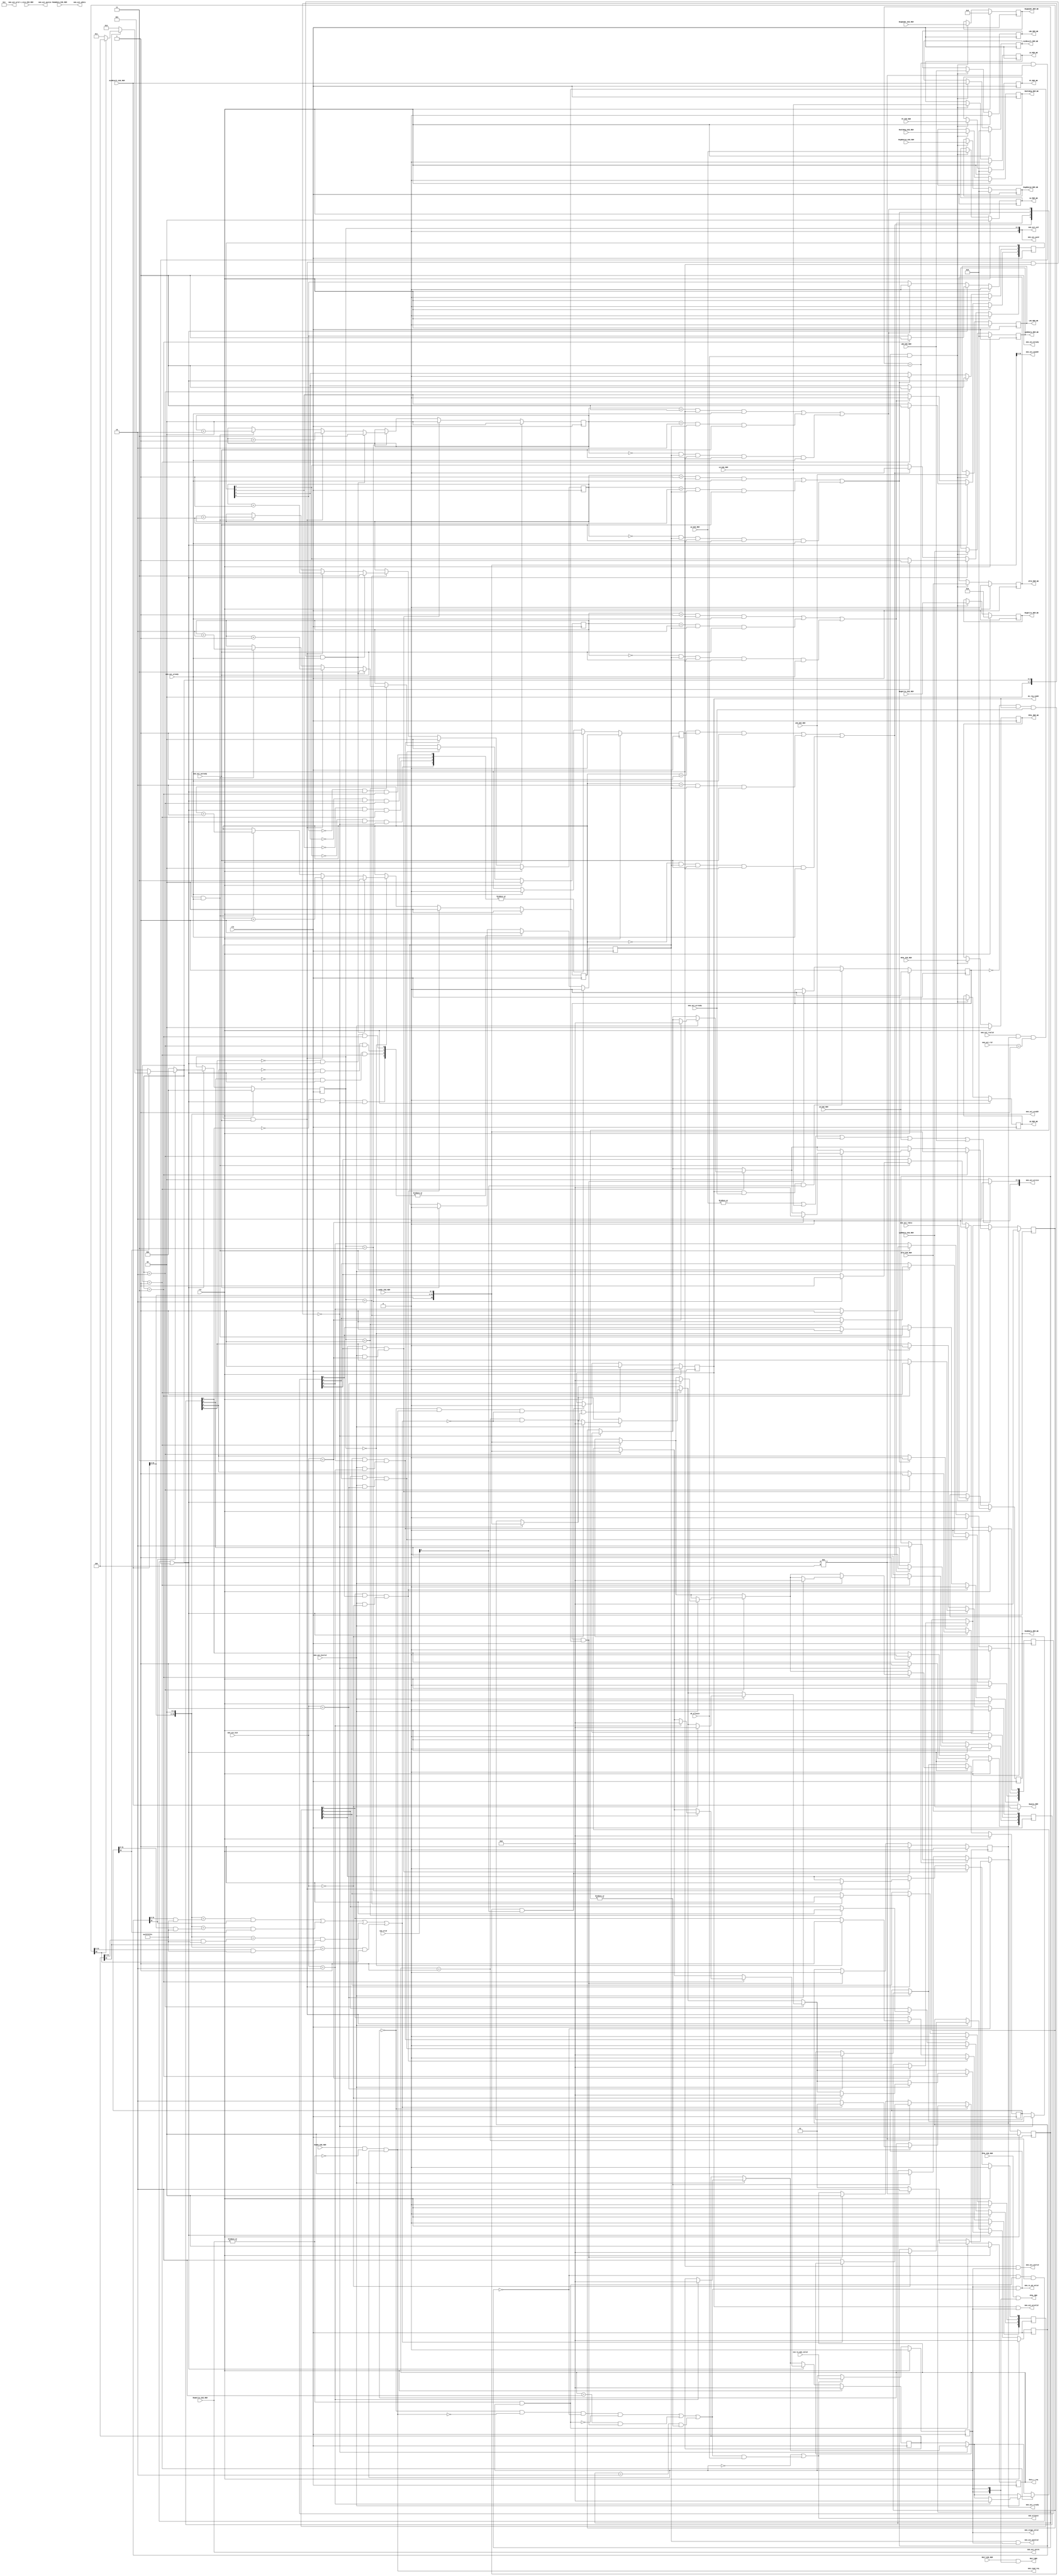
/*----------------------------------------------------------------*
// Description   :  5 pipelined CPU memory stage
// Created Time  :  2017-10-11 21:04:12
// Modified Time :  2017-11-17 17:35:21
//----------------------------------------------------------------*/

`timescale 10ns / 1ns
module memory_stage(
    input  wire                       clk,
    input  wire                       rst,
    // control signals transfering from EXE stage
    input  wire             MemEn_EXE_MEM,
    input  wire          MemToReg_EXE_MEM,
    input  wire  [ 3:0]  MemWrite_EXE_MEM,
    input  wire  [ 3:0]  RegWrite_EXE_MEM,
    input  wire  [ 1:0]      MFHL_EXE_MEM,
    input  wire                LB_EXE_MEM, 
    input  wire               LBU_EXE_MEM, 
    input  wire                LH_EXE_MEM, 
    input  wire               LHU_EXE_MEM, 
    input  wire  [ 1:0]        LW_EXE_MEM, 
    // data passing from EXE stage
    input  wire  [ 4:0]  RegWaddr_EXE_MEM,
    input  wire  [31:0] ALUResult_EXE_MEM,
    input  wire  [31:0]  MemWdata_EXE_MEM,
    input  wire  [31:0] RegRdata2_EXE_MEM, 
    input  wire  [31:0]        PC_EXE_MEM,
    input  wire  [ 1:0]   s_vaddr_EXE_MEM,
    input  wire  [ 2:0]    s_size_EXE_MEM,

    input        [ 1:0]      MULT_EXE_MEM,
    input        [ 1:0]      MTHL_EXE_MEM,
    output       [ 1:0]          MULT_MEM,
    output       [ 1:0]          MTHL_MEM,
    


/*    // interaction with the data_sram
    output wire  [31:0]      MemWdata_MEM,
    output wire                 MemEn_MEM,
    output wire  [ 3:0]      MemWrite_MEM,
    output wire  [31:0]    data_sram_addr,
*/

    // output control signals to WB stage
    output reg            MemToReg_MEM_WB,
    output reg   [ 3:0]   RegWrite_MEM_WB,
    output reg   [ 1:0]       MFHL_MEM_WB,
    output reg                  LB_MEM_WB,
    output reg                 LBU_MEM_WB,
    output reg                  LH_MEM_WB,
    output reg                 LHU_MEM_WB,
    output reg   [ 1:0]         LW_MEM_WB,

    // output data to WB stage
    output reg   [ 4:0]   RegWaddr_MEM_WB,
    output reg   [31:0]  ALUResult_MEM_WB,
    output reg   [31:0]  RegRdata2_MEM_WB,
    output reg   [31:0]         PC_MEM_WB,
    output reg   [31:0]   MemRdata_MEM_WB,

    output wire  [31:0]        Bypass_MEM,  //Bypass
    
    input  wire  [31:0] cp0Rdata_EXE_MEM,
    input  wire             mfc0_EXE_MEM,
    output reg   [31:0]  cp0Rdata_MEM_WB,
    output reg               mfc0_MEM_WB,

    input                      wb_allowin,
    input                exe_to_mem_valid,
    output                    mem_allowin,
    output                mem_to_wb_valid,

    output reg   [ 1:0]        data_r_req,
    output reg               do_req_raddr,

    input        [31:0]     mem_axi_rdata,
    input                   mem_axi_rvalid,
    input        [ 3:0]     mem_axi_rid,
    output                  mem_axi_rready,

    output       [ 3:0]     mem_axi_arid,
    output       [31:0]     mem_axi_araddr,
    output       [ 2:0]     mem_axi_arsize,
    input                   mem_axi_arready,
    output                  mem_axi_arvalid,

    output       [ 3:0]     mem_axi_awid,
    output       [31:0]     mem_axi_awaddr,
    output       [ 2:0]     mem_axi_awsize,
    output                  mem_axi_awvalid,
    input                   mem_axi_awready,

    output       [ 3:0]     mem_axi_wid,
    output       [31:0]     mem_axi_wdata,
    output       [ 3:0]     mem_axi_wstrb,
    output                  mem_axi_wvalid,
    input                   mem_axi_wready,

    output                  mem_axi_bready,
    input        [ 3:0]     mem_axi_bid,
    input                   mem_axi_bvalid,

    input        [ 3:0]     cpu_arid,

    output                  mem_read_req,

    output      mem_stage_valid
);
    
    wire mem_ready_go;
    reg mem_valid;
    
    wire read_req;
    wire write_req;
    
    wire arvalid;
    wire arready;

    wire [3:0] rid;    
    reg  rready;
    wire rvalid;   
     
    reg  awvalid;
    wire awready;
    

    reg  wvalid;
    wire wready;

    
    wire bvalid;
    wire bready;
    wire [3:0] bid;
    
    reg [1:0] data_w_req;
    
    reg [0:3] do_req_waddr;
    reg [0:3] do_req_wdata;
    wire [0:3] do_req_waddr_pos;  
    wire [0:3] do_req_wdata_pos;      
    
    reg r_addr_rcv;

    reg [0:3] w_addr_rcv;
    reg [0:3] w_data_rcv;
    

    reg [1:0] data_in_ready [0:3];
    
    wire r_data_back;
    wire [0:3] w_data_back;

    reg [32:0] do_waddr_r [0:3];
    reg [ 3:0] do_dsize_r [0:3];

    wire [4:0] write_id_n;
    wire pot_hazard;
    
    wire data_w_req_pos;               
    wire data_r_req_pos;

    wire r_addr_rcv_pos;    
    wire [0:3] data_in_ready_pos;               
    
    reg [2:0] do_write_id;

    wire arid;
    assign arid =  cpu_arid;
    
    
    assign mem_ready_go    =  (data_r_req==2'd0&&!read_req&&data_w_req==2'd0&&!write_req) || //No memw or memr
                              (data_r_req==2'd2&&r_data_back) ||                             //memrdata returns
                              (data_w_req==2'd2&&(|data_in_ready_pos));                      //memwrite, addr and data all in
    assign mem_allowin     = !mem_valid || mem_ready_go && wb_allowin;
    assign mem_to_wb_valid = mem_valid && mem_ready_go;
    
    always @ (posedge clk) begin
        if (rst) begin
            mem_valid <= 1'b0;
        end
        else if (mem_allowin) begin
            mem_valid <= exe_to_mem_valid;
        end
    end
    
    assign mem_stage_valid = mem_valid;
    
//Select awid, wid
    assign write_id_n = do_waddr_r[0][32]==1'b0 ? 4'd0 :
                        do_waddr_r[1][32]==1'b0 ? 4'd1 :
                        do_waddr_r[2][32]==1'b0 ? 4'd2 :
                        do_waddr_r[3][32]==1'b0 ? 4'd3 : 4'd4;

    always @ (posedge clk) begin
        if (rst) begin
            do_write_id <= 3'd0;
        end
        else
        if (data_w_req_pos) begin
            do_write_id <= write_id_n;
        end
    end

//Potential hazard between previous store and current write;
    assign pot_hazard = mem_axi_araddr==(do_waddr_r[0][31:0]&32'hfffffffc) && do_waddr_r[0][32] ||
                        mem_axi_araddr==(do_waddr_r[1][31:0]&32'hfffffffc) && do_waddr_r[1][32] ||
                        mem_axi_araddr==(do_waddr_r[2][31:0]&32'hfffffffc) && do_waddr_r[2][32] ||
                        mem_axi_araddr==(do_waddr_r[3][31:0]&32'hfffffffc) && do_waddr_r[3][32] ;


    // interaction of signals and data with data_sram

    assign Bypass_MEM      =      mfc0_EXE_MEM ? 
                              cp0Rdata_EXE_MEM : ALUResult_EXE_MEM;

    assign mem_axi_wid     = do_write_id;
    assign mem_axi_wstrb   = MemWrite_EXE_MEM;
    assign mem_axi_wdata   = MemWdata_EXE_MEM;
    assign mem_axi_wvalid  = wvalid && mem_valid;
    assign wready = mem_axi_wready;

    assign mem_axi_awid    = do_write_id;
    assign mem_axi_awvalid = awvalid && mem_valid;
    assign mem_axi_awaddr  = {ALUResult_EXE_MEM[31:2],s_vaddr_EXE_MEM};
    assign mem_axi_awsize  =  s_size_EXE_MEM;/*SW,SB,SH,SWL,SWR*/
    assign awready = mem_axi_awready;
    

    assign mem_axi_arid    = 4'd1;
    assign mem_axi_araddr  = {ALUResult_EXE_MEM[31:2],2'b00};
    assign mem_axi_arsize  = (|LW_EXE_MEM)|
                               LH_EXE_MEM | LHU_EXE_MEM |
                               LB_EXE_MEM | LBU_EXE_MEM ? 3'b010 : 3'b00; /*LW,LB,LH*/
    assign mem_axi_arvalid = arvalid && mem_valid;
    assign arready = mem_axi_arready;
    assign arvalid = do_req_raddr;



    assign rvalid = mem_axi_rvalid;
    assign rid    = mem_axi_rid;

    assign mem_axi_rready = rready;


    assign bid = mem_axi_bid;
    assign bvalid = mem_axi_bvalid;
    


    
    assign mem_axi_bready = bready;


    always @ (posedge clk) begin
        if (rst) begin
            { 
                 PC_MEM_WB,  RegWaddr_MEM_WB, MemToReg_MEM_WB, RegWrite_MEM_WB, 
          ALUResult_MEM_WB, RegRdata2_MEM_WB, cp0Rdata_MEM_WB,     MFHL_MEM_WB, 
                 LB_MEM_WB,       LBU_MEM_WB,       LH_MEM_WB,      LHU_MEM_WB,
                 LW_MEM_WB,      mfc0_MEM_WB, MemRdata_MEM_WB
            } <= 'd0;
        end
        else if (mem_to_wb_valid && wb_allowin) begin
            PC_MEM_WB        <=        PC_EXE_MEM;
            RegWaddr_MEM_WB  <=  RegWaddr_EXE_MEM;
            MemToReg_MEM_WB  <=  MemToReg_EXE_MEM;
            RegWrite_MEM_WB  <=  RegWrite_EXE_MEM;
            ALUResult_MEM_WB <= ALUResult_EXE_MEM;
            RegRdata2_MEM_WB <= RegRdata2_EXE_MEM;
            cp0Rdata_MEM_WB  <=  cp0Rdata_EXE_MEM;
            MFHL_MEM_WB      <=      MFHL_EXE_MEM;
            LB_MEM_WB        <=        LB_EXE_MEM;
            LBU_MEM_WB       <=       LBU_EXE_MEM;
            LH_MEM_WB        <=        LH_EXE_MEM;
            LHU_MEM_WB       <=       LHU_EXE_MEM;
            LW_MEM_WB        <=        LW_EXE_MEM;
            mfc0_MEM_WB      <=      mfc0_EXE_MEM;
            MemRdata_MEM_WB  <=     mem_axi_rdata;
        end
    end

    assign MULT_MEM = MULT_EXE_MEM & {2{mem_valid}};
    assign MTHL_MEM = MTHL_EXE_MEM & {2{mem_valid}};

    assign mem_read_req = read_req;

    assign write_req = |MemWrite_EXE_MEM && mem_valid;
    assign read_req  =  MemEn_EXE_MEM && ~(|MemWrite_EXE_MEM) && mem_valid;
    always @(posedge clk) 
    begin
        //
        data_w_req  <=  rst ? 2'd0 :
                        data_w_req==2'd0 ? 
                            (write_req ? 
                                (write_id_n!=4'd4 ? 2'd2 : 2'd1) 
                            : data_w_req)
                        :   (data_w_req==2'd1   ? 
                            (write_id_n!=4'd4   ? 2'd2 : data_w_req)
                        :   (|data_in_ready_pos ? 2'd0 : data_w_req));
      
        //
        data_r_req  <=  rst ? 2'd0 :
                        data_r_req==2'd0 ? 
                            read_req ? 
                                !pot_hazard ? 2'd2 : 2'd1
                            : data_r_req
                        :data_r_req==2'd1 ?
                            !pot_hazard ? 2'd2 : data_r_req
                        :r_data_back ? 2'd0 : data_r_req;
    end

    always @ (posedge clk) begin
        
    end

    always @ (posedge clk) begin
        if (rst) begin
            do_waddr_r[0] <= 33'd0;
            do_waddr_r[1] <= 33'd0;
            do_waddr_r[2] <= 33'd0;
            do_waddr_r[3] <= 33'd0;

            do_dsize_r[0] <= 3'd0;
            do_dsize_r[1] <= 3'd0;
            do_dsize_r[2] <= 3'd0;
            do_dsize_r[3] <= 3'd0;
        end
        else
        if (data_w_req_pos) begin
            if (write_id_n==4'd0) begin
                if (bvalid&&bready) begin
                    if (bid==4'd1) do_waddr_r[1] <= 33'd0;
                    if (bid==4'd2) do_waddr_r[2] <= 33'd0;
                    if (bid==4'd3) do_waddr_r[3] <= 33'd0;
                end   
                do_waddr_r[0] <= {1'b1,mem_axi_awaddr};
                do_dsize_r[0] <= mem_axi_awsize;
            end
            if (write_id_n==4'd1) begin
                if (bvalid&&bready) begin
                    if (bid==4'd0) do_waddr_r[0] <= 33'd0;
                    if (bid==4'd2) do_waddr_r[2] <= 33'd0;
                    if (bid==4'd3) do_waddr_r[3] <= 33'd0;
                end
                do_waddr_r[1] <= {1'b1,mem_axi_awaddr};
                do_dsize_r[1] <= mem_axi_awsize;
            end
            if (write_id_n==4'd2) begin
                if (bvalid&&bready) begin
                    if (bid==4'd0) do_waddr_r[0] <= 33'd0;
                    if (bid==4'd1) do_waddr_r[1] <= 33'd0;
                    if (bid==4'd3) do_waddr_r[3] <= 33'd0;
                end
                do_waddr_r[2] <= {1'b1,mem_axi_awaddr};
                do_dsize_r[2] <= mem_axi_awsize;
            end
            if (write_id_n==4'd3) begin
                if (bvalid&&bready) begin
                    if (bid==4'd0) do_waddr_r[0] <= 33'd0;
                    if (bid==4'd1) do_waddr_r[1] <= 33'd0;
                    if (bid==4'd2) do_waddr_r[2] <= 33'd0;
                end
                do_waddr_r[3] <= {1'b1,mem_axi_awaddr};
                do_dsize_r[3] <= mem_axi_awsize;
            end
        end
        else if (bvalid&&bready) begin
            if (bid==4'd0) do_waddr_r[0] <= 33'd0;
            if (bid==4'd1) do_waddr_r[1] <= 33'd0;
            if (bid==4'd2) do_waddr_r[2] <= 33'd0;
            if (bid==4'd3) do_waddr_r[3] <= 33'd0;            
        end
    end

    always @ (posedge clk) begin
        do_req_raddr    <= rst               ? 1'b0 :
                           data_r_req_pos    ? 1'b1 :
                           r_addr_rcv_pos    ? 1'b0 : do_req_raddr;
    end

    always @(posedge clk) begin
        r_addr_rcv <= rst                          ? 1'b0 :
                      arvalid&&arready&&arid==4'd1 ? 1'b1 :
                      r_data_back                  ? 1'b0 : r_addr_rcv;
        rready     <= rst              ? 1'b0 :
                      r_addr_rcv_pos   ? 1'b1 :
                      r_data_back      ? 1'b0 : rready;
    end
    assign r_data_back = r_addr_rcv && (rvalid && rready && rid==4'd1);


    assign w_data_back[0] = (w_addr_rcv[0]&&w_data_rcv[0]) && (bvalid && bready && bid==4'd0);
    assign w_data_back[1] = (w_addr_rcv[1]&&w_data_rcv[1]) && (bvalid && bready && bid==4'd1);
    assign w_data_back[2] = (w_addr_rcv[2]&&w_data_rcv[2]) && (bvalid && bready && bid==4'd2);
    assign w_data_back[3] = (w_addr_rcv[3]&&w_data_rcv[3]) && (bvalid && bready && bid==4'd3);
    
    
    always @ (posedge clk) begin
        if (rst) begin
            do_req_waddr[0]  <= 1'b0;
            do_req_waddr[1]  <= 1'b0;
            do_req_waddr[2]  <= 1'b0;
            do_req_waddr[3]  <= 1'b0;

            do_req_wdata[0]  <= 1'b0;
            do_req_wdata[1]  <= 1'b0;
            do_req_wdata[2]  <= 1'b0;
            do_req_wdata[3]  <= 1'b0;

            data_in_ready[0] <= 2'b00;
            data_in_ready[1] <= 2'b00;
            data_in_ready[2] <= 2'b00;
            data_in_ready[3] <= 2'b00;
        end
        else begin
            if (data_w_req_pos) begin
                if (write_id_n==3'd0) begin
                    do_req_waddr[0] <= 1'b1;
                    do_req_wdata[0] <= 1'b1;
                end
                if (write_id_n==3'd1) begin
                    do_req_waddr[1] <= 1'b1;
                    do_req_wdata[1] <= 1'b1;
                end
                if (write_id_n==3'd2) begin
                    do_req_waddr[2] <= 1'b1;
                    do_req_wdata[2] <= 1'b1;
                end
                if (write_id_n==3'd3) begin
                    do_req_waddr[3] <= 1'b1;
                    do_req_wdata[3] <= 1'b1;
                end
            end
            else begin
                if (data_in_ready_pos[0]) begin
                    do_req_waddr[0] <= 1'b0;
                    do_req_wdata[0] <= 1'b0;
                end
                if (data_in_ready_pos[1]) begin
                    do_req_waddr[1] <= 1'b0;
                    do_req_wdata[1] <= 1'b0;
                end
                if (data_in_ready_pos[2]) begin
                    do_req_waddr[2] <= 1'b0;
                    do_req_wdata[2] <= 1'b0;
                end
                if (data_in_ready_pos[3]) begin
                    do_req_waddr[3] <= 1'b0;
                    do_req_wdata[3] <= 1'b0;
                end
            end
            if (do_write_id==3'd0) begin
                if (awvalid&&awready && wvalid&&wready) begin
                    data_in_ready[0] <= 2'b11;
                end
                else if (awvalid&&awready) begin
                    data_in_ready[0] <= data_in_ready[0] + 2'b01;
                end
                else if (wvalid&&wready) begin
                    data_in_ready[0] <= data_in_ready[0] + 2'b10;
                end
            end
            if (w_data_back[0]) begin
                data_in_ready[0] <= 2'b00;
            end

            if (do_write_id==3'd1) begin
                if (awvalid&&awready && wvalid&&wready) begin
                    data_in_ready[1] <= 2'b11;
                end
                else if (awvalid&&awready) begin
                    data_in_ready[1] <= data_in_ready[1] + 2'b01;
                end
                else if (wvalid&&wready) begin
                    data_in_ready[1] <= data_in_ready[1] + 2'b10;
                end
            end
            if (w_data_back[1]) begin
                data_in_ready[1] <= 2'b00;
            end

            if (do_write_id==3'd2) begin
                if (awvalid&&awready && wvalid&&wready) begin
                    data_in_ready[2] <= 2'b11;
                end
                else if (awvalid&&awready) begin
                    data_in_ready[2] <= data_in_ready[2] + 2'b01;
                end
                else if (wvalid&&wready) begin
                    data_in_ready[2] <= data_in_ready[2] + 2'b10;
                end
            end
            if (w_data_back[2]) begin
                data_in_ready[2] <= 2'b00;
            end

            if (do_write_id==3'd3) begin
                if (awvalid&&awready && wvalid&&wready) begin
                    data_in_ready[3] <= 2'b11;
                end
                else if (awvalid&&awready) begin
                    data_in_ready[3] <= data_in_ready[3] + 2'b01;
                end
                else if (wvalid&&wready) begin
                    data_in_ready[3] <= data_in_ready[3] + 2'b10;
                end
            end
            if (w_data_back[3]) begin
                data_in_ready[3] <= 2'b00;
            end

        end
    end

    always @ (posedge clk) begin
        if (rst) begin
            awvalid <= 1'b0;
            wvalid  <= 1'b0;
        end
        else begin
            if (|do_req_waddr_pos) begin
                awvalid <= 1'b1;
            end
            else if (awready) begin
                awvalid <= 1'b0;
            end

            if (|do_req_wdata_pos) begin
                wvalid <= 1'b1;
            end
            else if (wready) begin
                wvalid <= 1'b0;
            end
        end
    end

    always @ (posedge clk) begin
        if (rst) begin
            w_addr_rcv[0] <= 1'b0;
            w_addr_rcv[1] <= 1'b0;
            w_addr_rcv[2] <= 1'b0;
            w_addr_rcv[3] <= 1'b0;
            
            w_data_rcv[0] <= 1'b0;
            w_data_rcv[1] <= 1'b0;
            w_data_rcv[2] <= 1'b0;
            w_data_rcv[3] <= 1'b0;
        end
        else begin
            if (awvalid&&awready) begin
                if (do_write_id==3'd0) begin
                    w_addr_rcv[0] <= 1'b1;
                end
                if (do_write_id==3'd1) begin
                    w_addr_rcv[1] <= 1'b1;
                end
                if (do_write_id==3'd2) begin
                    w_addr_rcv[2] <= 1'b1;
                end
                if (do_write_id==3'd3) begin
                    w_addr_rcv[3] <= 1'b1;
                end
            end

            if (wvalid&&wready) begin
                if (do_write_id==3'd0) begin
                    w_data_rcv[0] <= 1'b1;
                end
                if (do_write_id==3'd1) begin
                    w_data_rcv[1] <= 1'b1;
                end
                if (do_write_id==3'd2) begin
                    w_data_rcv[2] <= 1'b1;
                end
                if (do_write_id==3'd3) begin
                    w_data_rcv[3] <= 1'b1;
                end
            end

            if (w_data_back[0]) begin
                w_addr_rcv[0] <= 1'b0;
                w_data_rcv[0] <= 1'b0;
            end
            if (w_data_back[1]) begin
                w_addr_rcv[1] <= 1'b0;
                w_data_rcv[1] <= 1'b0;
            end
            if (w_data_back[2]) begin
                w_addr_rcv[2] <= 1'b0;
                w_data_rcv[2] <= 1'b0;
            end
            if (w_data_back[3]) begin
                w_addr_rcv[3] <= 1'b0;
                w_data_rcv[3] <= 1'b0;
            end
        end
    end

    assign bready = 1'b1;



    assign data_w_req_pos = data_w_req==2'd0 && write_req && write_id_n!=4'd4 ||
                            data_w_req==2'd1 && write_id_n!=4'd4;
    assign data_r_req_pos = data_r_req==2'd0 && read_req && !pot_hazard ||
                            data_r_req==2'd1 && !pot_hazard;

    assign r_addr_rcv_pos = !r_addr_rcv && arvalid&&arready&&arid==4'd1;


    assign data_in_ready_pos[0] = data_in_ready[0]==2'd1 && wvalid&&wready   || 
                                  data_in_ready[0]==2'd2 && awvalid&&awready ||
                                  data_in_ready[0]==2'd0 && awvalid&&awready && wvalid&&wready;
    assign data_in_ready_pos[1] = data_in_ready[1]==2'd1 && wvalid&&wready   || 
                                  data_in_ready[1]==2'd2 && awvalid&&awready ||
                                  data_in_ready[1]==2'd0 && awvalid&&awready && wvalid&&wready;
    assign data_in_ready_pos[2] = data_in_ready[2]==2'd1 && wvalid&&wready   || 
                                  data_in_ready[2]==2'd2 && awvalid&&awready ||
                                  data_in_ready[2]==2'd0 && awvalid&&awready && wvalid&&wready;
    assign data_in_ready_pos[3] = data_in_ready[3]==2'd1 && wvalid&&wready   || 
                                  data_in_ready[3]==2'd2 && awvalid&&awready ||
                                  data_in_ready[3]==2'd0 && awvalid&&awready && wvalid&&wready;


    assign do_req_waddr_pos[0]  = !do_req_waddr[0] && data_w_req_pos && write_id_n==3'd0;
    assign do_req_waddr_pos[1]  = !do_req_waddr[1] && data_w_req_pos && write_id_n==3'd1;
    assign do_req_waddr_pos[2]  = !do_req_waddr[2] && data_w_req_pos && write_id_n==3'd2;
    assign do_req_waddr_pos[3]  = !do_req_waddr[3] && data_w_req_pos && write_id_n==3'd3;

    assign do_req_wdata_pos[0]  = !do_req_wdata[0] && data_w_req_pos && write_id_n==3'd0;
    assign do_req_wdata_pos[1]  = !do_req_wdata[1] && data_w_req_pos && write_id_n==3'd1;
    assign do_req_wdata_pos[2]  = !do_req_wdata[2] && data_w_req_pos && write_id_n==3'd2;
    assign do_req_wdata_pos[3]  = !do_req_wdata[3] && data_w_req_pos && write_id_n==3'd3;



endmodule //memory_stage